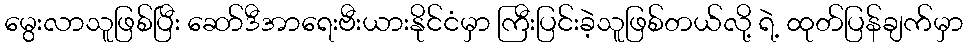
မွေးလာသူဖြစ်ပြီး ဆော်ဒီအာရေးဗီးယားနိုင်ငံမှာ ကြီးပြင်းခဲ့သူဖြစ်တယ်လို့ ရဲ့ ထုတ်ပြန်ချက်မှာ